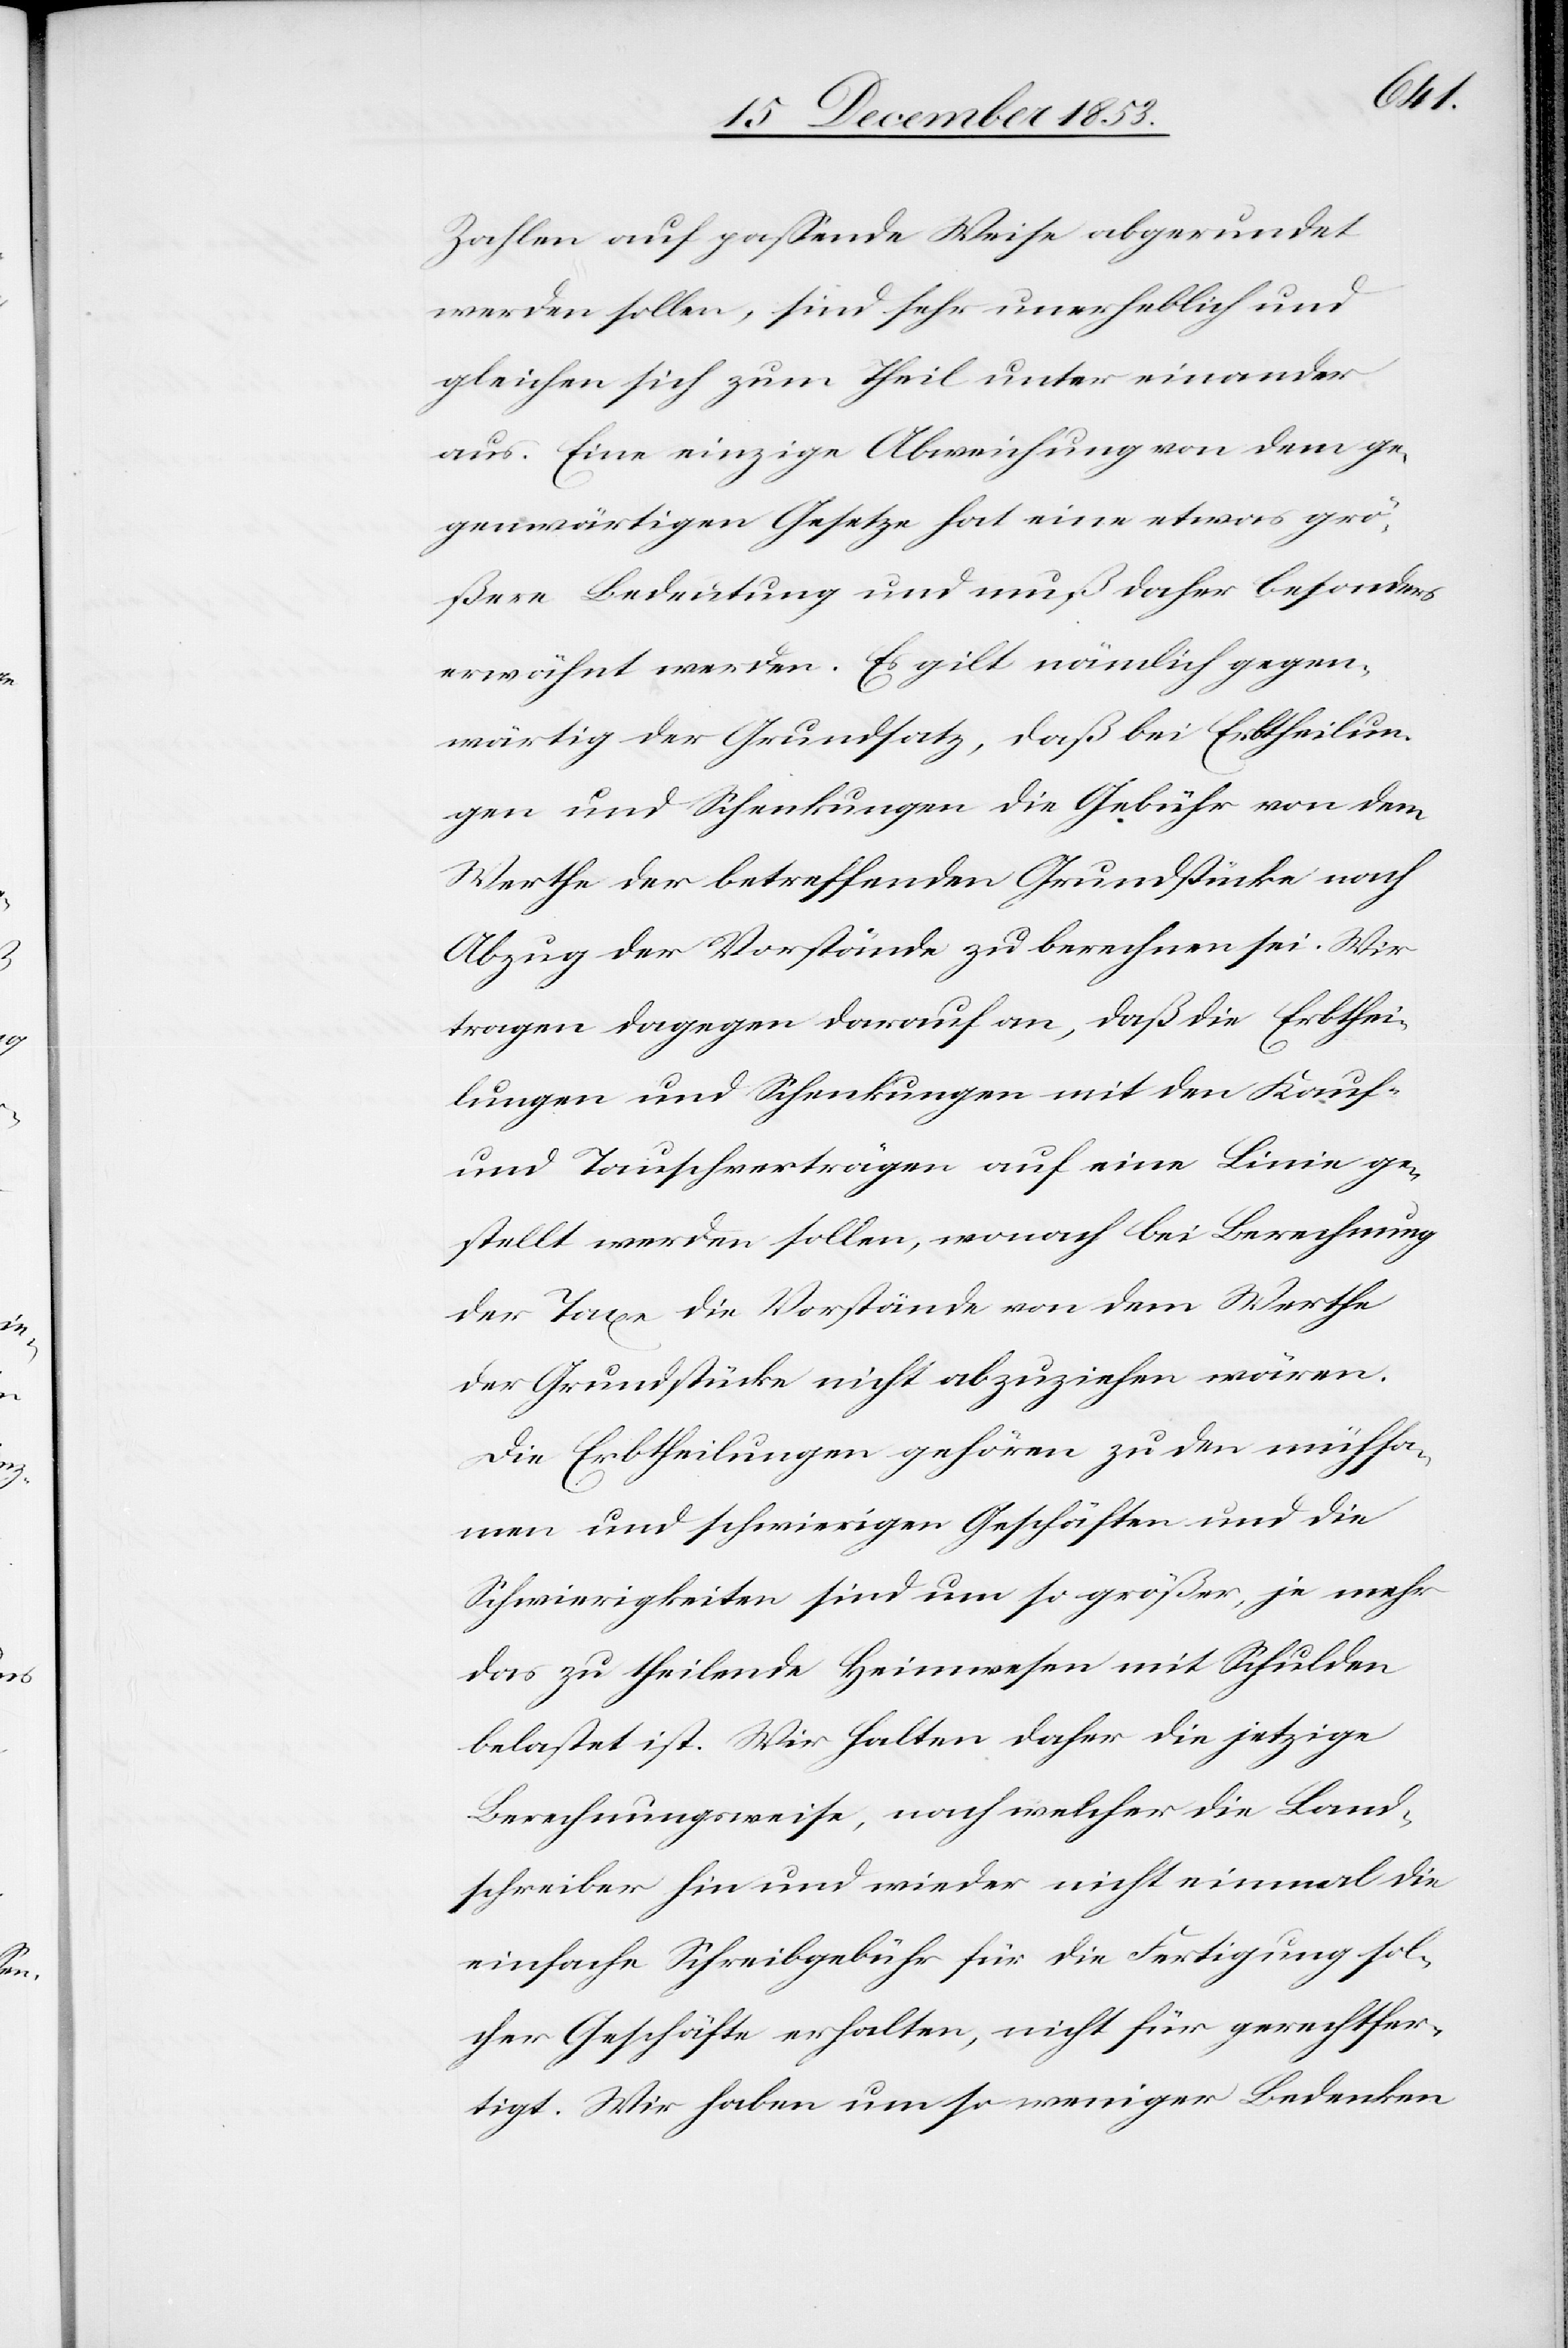
Zahlen auf paßende Weise abgerundet
werden sollen, sind sehr unerheblich und
gleichen sich zum Theil unter einander
aus. Eine einzige Abweichung von dem ge¬
genwärtigen Gesetze hat eine etwas grö¬
ßere Bedeutung und muß daher besonders
erwähnt werden. Es gilt nämlich gegen¬
wärtig der Grundsatz, daß bei Erbtheilun¬
gen und Schenkungen die Gebühr von dem
Werthe der betreffenden Grundstücke nach
Abzug der Vorstände zu berechnen sei. Wir
tragen dagegen darauf an, daß die Erbthei¬
lungen und Schenkungen mit den Kauf-
und Tauschverträgen auf eine Linie ge¬
stellt werden sollen, wonach bei Berechnung
der Taxe die Vorstände von dem Werthe
der Grundstücke nicht abzuziehen wären.
Die Erbtheilungen gehören zu den mühsa¬
men und schwierigen Geschäften und die
Schwierigkeiten sind um so größer, je mehr
das zu theilende Heimwesen mit Schulden
belastet ist. Wir halten daher die jetzige
Berechnungsweise, nach welcher die Land¬
schreiber hin und wieder nicht einmal die
einfache Schreibgebühr für die Fertigung sol¬
cher Geschäfte erhalten, nicht für gerechtfer¬
tigt. Wir haben um so weniger Bedenken